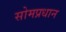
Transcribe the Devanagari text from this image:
सोमप्रधान